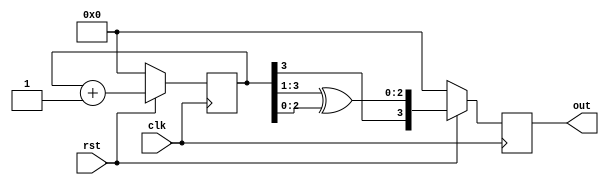
`timescale 1ns / 1ps
//////////////////////////////////////////////////////////////////////////////////
// Company: 
// Engineer: 
// 
// Design Name: 
// Module Name: GRAY_COUNTER
// Project Name: 
// Target Devices: 
// Tool Versions: 
// Description: 
// 
// Dependencies: 
// 
// Revision:
// Revision 0.01 - File Created
// Additional Comments:
// 
//////////////////////////////////////////////////////////////////////////////////


module GRAY_COUNTER(clk,rst,out);
parameter N =4;
input clk,rst;
output reg[N-1:0] out;  
integer i;
reg [N-1:0]q;

always@(posedge clk)
  begin
    if(!rst)
     begin
      q <= 0;
        out <= 0;
     end  
    else
     begin
      q <= q +1;
`ifdef FOR_LOOP     
      for(i = 0; i< N-1 ; i = i+1)
       begin
        out[i] <= q[i+1] ^ q[i];
       end
       out[N-1] <= q[N-1];
`else
        out <= {q[N-1],q[N-1:1]^q[N-2:0]};
`endif
      end  
  end
endmodule